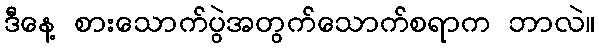
ဒီနေ့ စားသောက်ပွဲအတွက်သောက်စရာက ဘာလဲ။